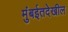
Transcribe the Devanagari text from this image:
मुंबईतदेखील